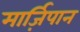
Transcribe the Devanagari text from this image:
मार्ज़िपान